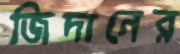
জিদানের